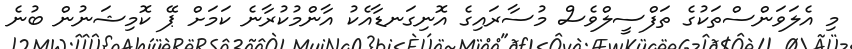
މި އެލަވަންސްތަކުގެ ތަފްސީލްވެސް މުސާރައިގެ އޮނިގަނޑާއެކު އާންމުކުރާނެ ކަމަށް ޕޭ ކޮމިޝަނުން ބުނެ